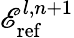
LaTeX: \mathscr{E}_{\mathrm{ref}}^{l,n+1}